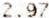
2.97